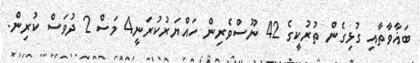
ބަޣާވާތާއި ގުޅިގެން ތުރުކީގެ 42 ނޫސްވެރިން ހައްޔަރުކުރަނީ4 މަސް 2 ދުވަސް ކުރިން.